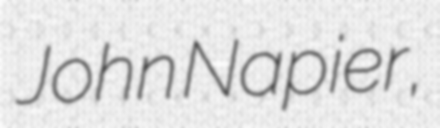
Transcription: John Napier,